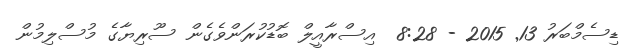
ޑިސެމްބަރު 13